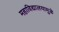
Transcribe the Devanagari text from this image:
महाविद्यालयामुळे